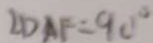
\angle D A F = 9 0 ^ { \circ }